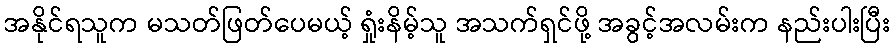
အနိုင်ရသူက မသတ်ဖြတ်ပေမယ့် ရှုံးနိမ့်သူ အသက်ရှင်ဖို့ အခွင့်အလမ်းက နည်းပါးပြီး